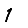
Digit: 1